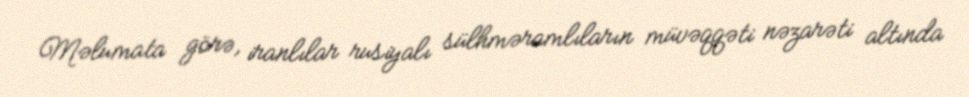
Məlumata görə, iranlılar rusiyalı sülhməramlıların müvəqqəti nəzarəti altında